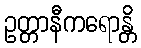
ဥတ္တာနီကရောန္တိ